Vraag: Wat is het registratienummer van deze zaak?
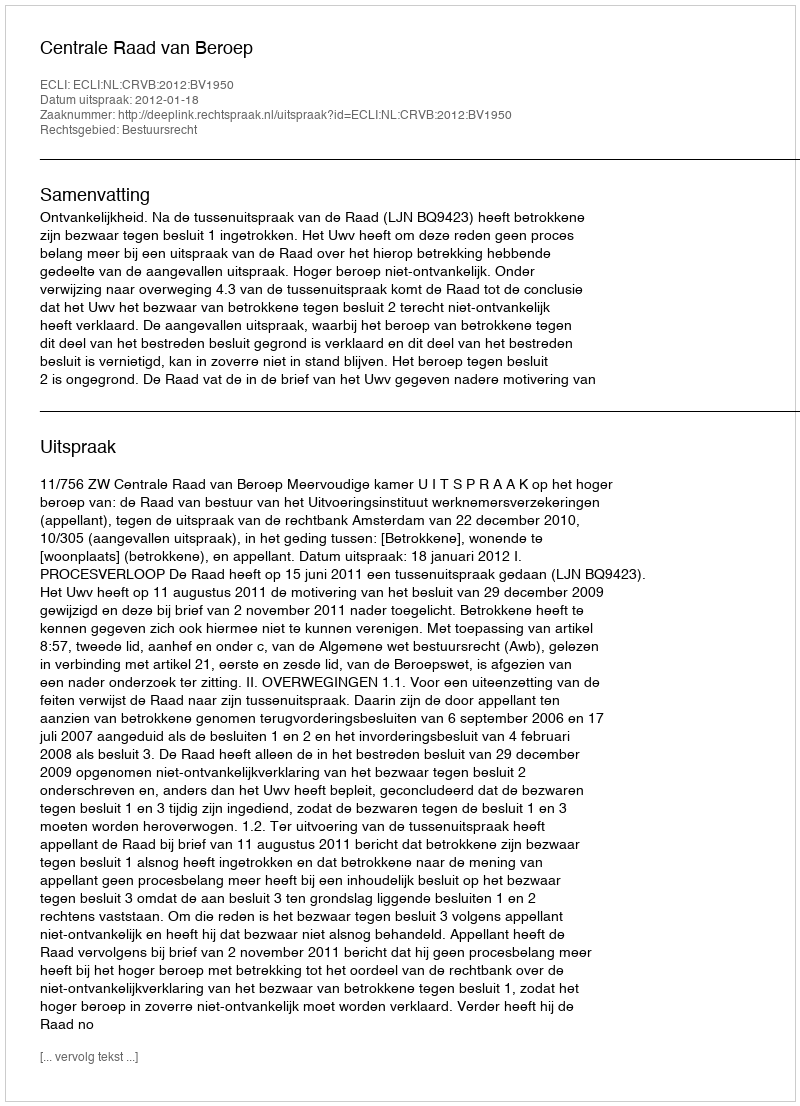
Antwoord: http://deeplink.rechtspraak.nl/uitspraak?id=ECLI:NL:CRVB:2012:BV1950